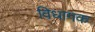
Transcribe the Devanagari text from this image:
विधागक